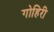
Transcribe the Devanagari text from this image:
गोहिरी